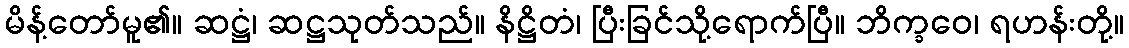
မိန့်တော်မူ၏။ ဆဋ္ဌံ၊ ဆဋ္ဌသုတ်သည်။ နိဋ္ဌိတံ၊ ပြီးခြင်သို့ရောက်ပြီ။ ဘိက္ခဝေ၊ ရဟန်းတို့။